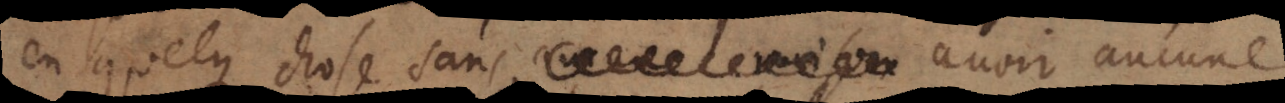
elque chose sans aucune raison avoir aucune